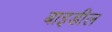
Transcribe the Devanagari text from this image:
बाइडील